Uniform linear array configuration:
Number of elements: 24
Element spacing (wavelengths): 0.75
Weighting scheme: cosine
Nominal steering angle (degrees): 30
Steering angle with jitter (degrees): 31.563
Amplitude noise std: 0.05
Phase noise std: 0.05

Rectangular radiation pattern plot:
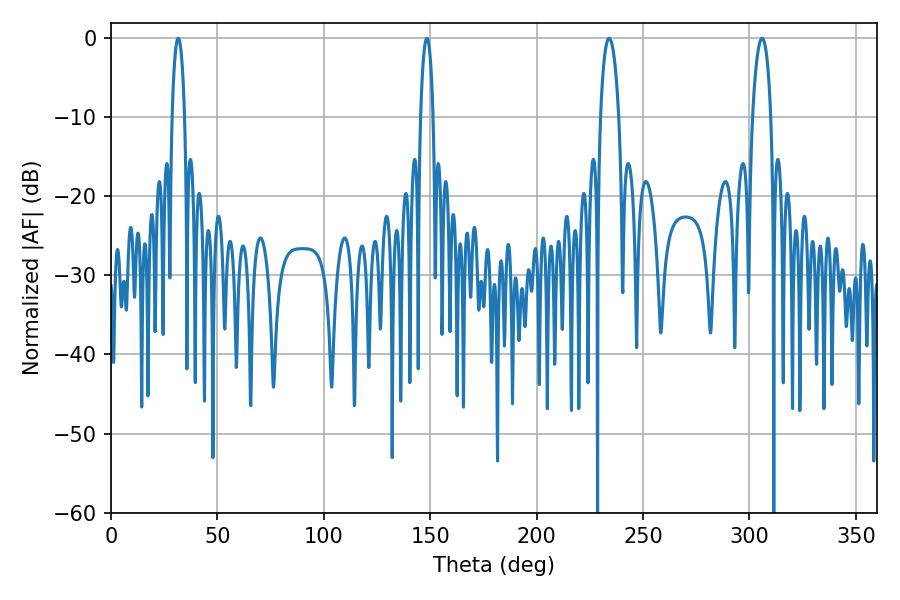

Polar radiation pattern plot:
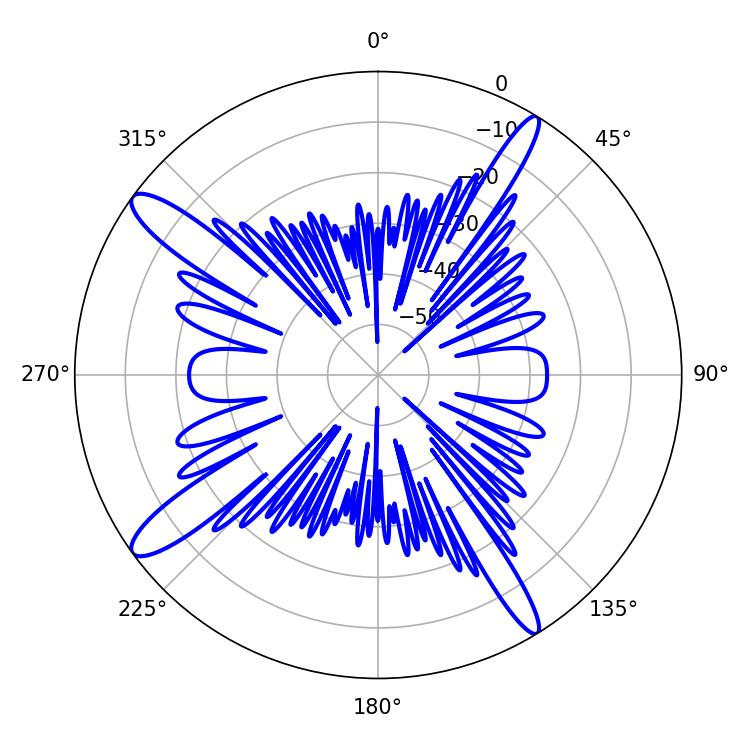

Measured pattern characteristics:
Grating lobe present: TRUE
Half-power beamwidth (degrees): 4.86
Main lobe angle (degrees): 306